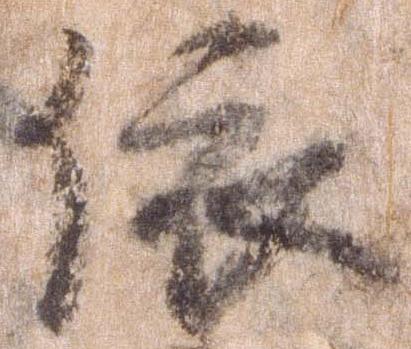
依